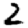
Digit: 2